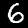
Digit: 6